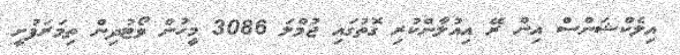
އިލެކްޝަންސް އިން ރޭ އިއުލާންކުރި ގޮތުގައި ޖުމްލަ 3086 މީހުން ވޯޓުދިން ތިމަރަފުށީ